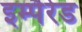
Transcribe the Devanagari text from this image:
इम्पैरेड